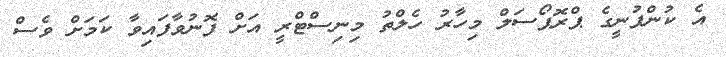
އެ ކުންފުނީގެ ޕްރޮޕޯސަލް މިހާރު ހެލްތު މިނިސްޓްރީ އަށް ފޮނުވާފައިވާ ކަމަށް ވެސް